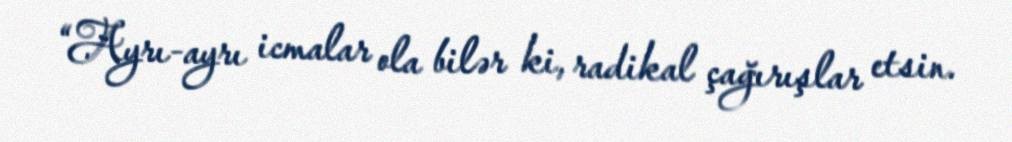
“Ayrı-ayrı icmalar ola bilər ki, radikal çağırışlar etsin.